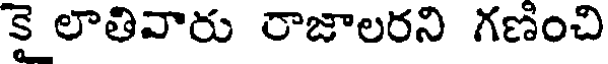
కై లాతివారు రాజాలరని గణించి